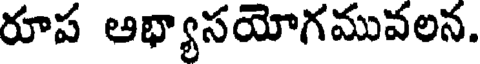
రూప ఆభ్యాసయోగమువలన.